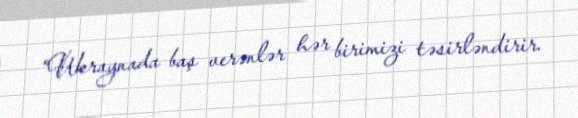
“Ukraynada baş verənlər hər birimizi təsirləndirir.